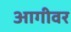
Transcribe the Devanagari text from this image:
आगीवर